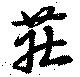
荘